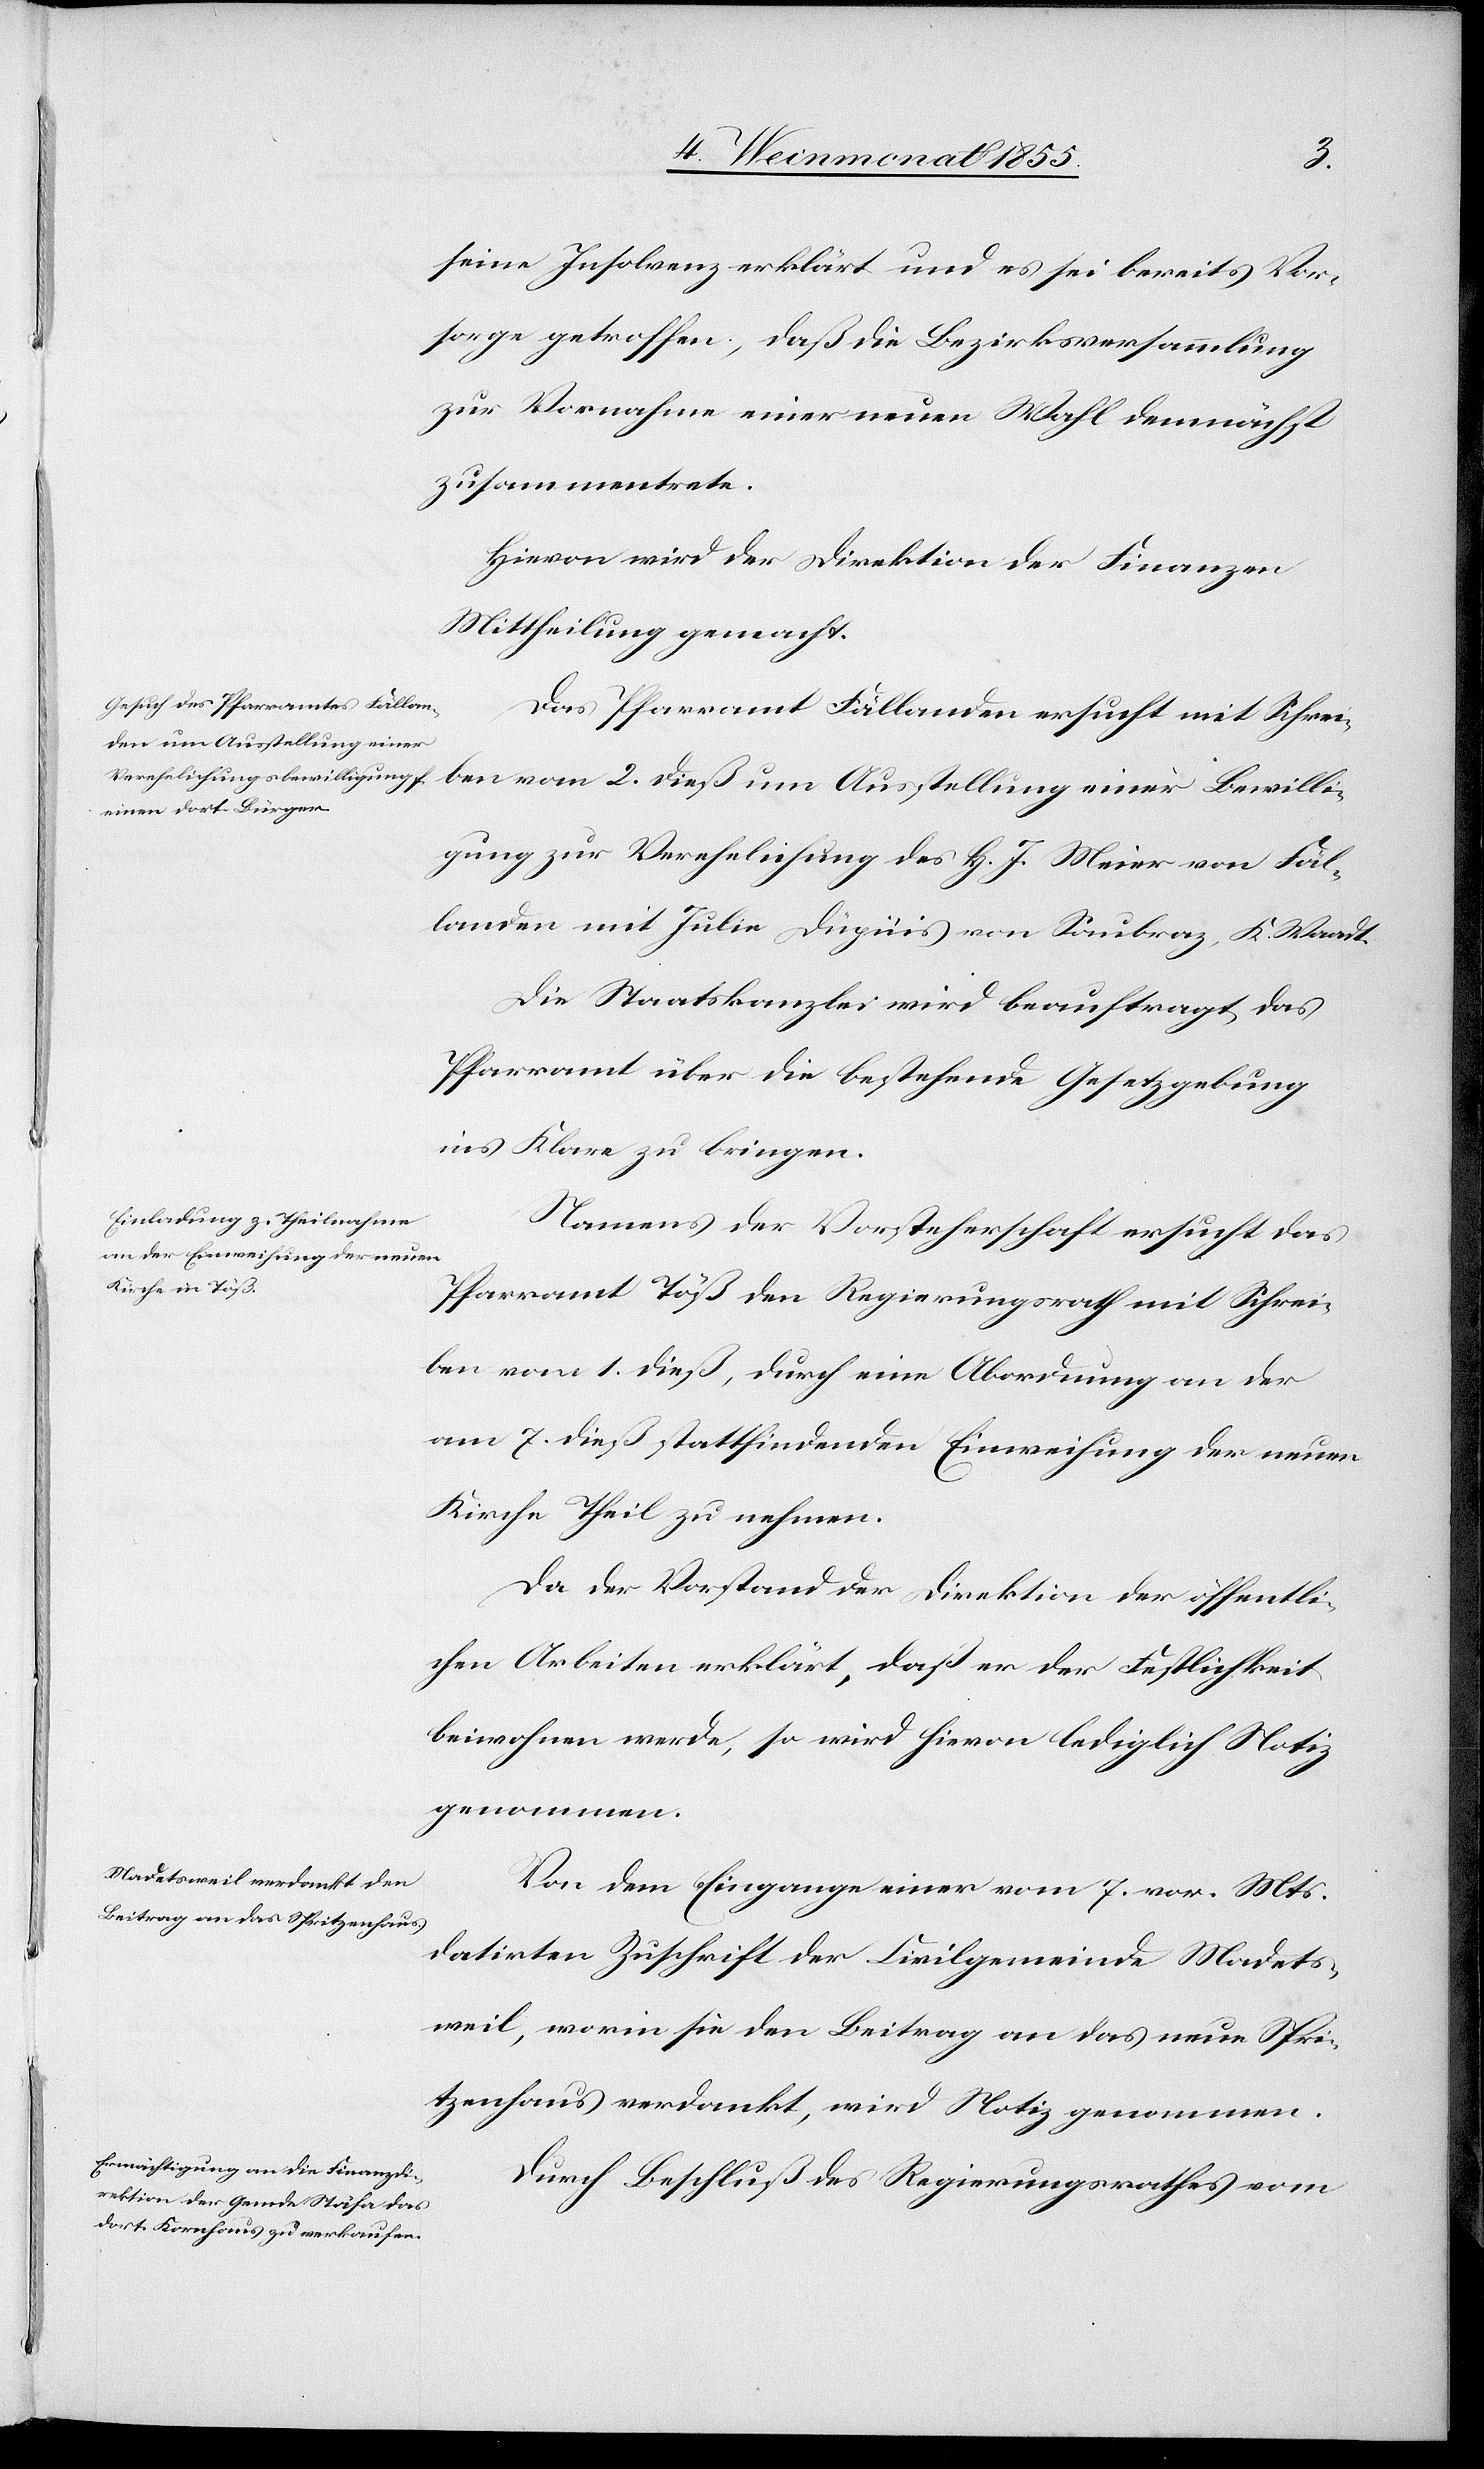
2.
seine Insolvenz erklärt und es sei bereits Vor¬
sorge getroffen, daß die Bezirksversammlung
zur Vornahme einer neuen Wahl demnächst
zusammentrete.
Hievon wird der Direktion der Finanzen
Mittheilung gemacht.
Das Pfarramt Fällanden ersucht mit Schrei¬
dieß um Ausstellung einer
Bewilli¬
gung zur Verehelichung des H. J. Meier von Fäl¬
landen mit Julie Düpüis von Saubraz, K. Waadt.
Die Staatskanzlei wird beauftragt das
Pfarramt über die bestehende Gesetzgebung
ins Klare zu bringen.
Namens der Vorsteherschaft ersucht das
Pfarramt Töß den Regierungsrath mit Schrei¬
ben vom 1. dieß, durch eine Abordnung an der
am 7. dieß stattfindenden Einweihung der neuen
Kirche Theil zu nehmen.
Da der Vorstand der Direktion der öffentli¬
chen Arbeiten erklärt, daß er der Festlichkeit
beiwohnen werde, so wird hievon lediglich Notiz
genommen.
Von dem Eingange einer vom 7. vor. Mts.
datirten Zuschrift der Civilgemeinde Madets¬
weil, worin sie den Beitrag an das neue Spri¬
tzenhaus verdankt, wird Notiz genommen.
Durch Beschluß des Regierungsrathes vom